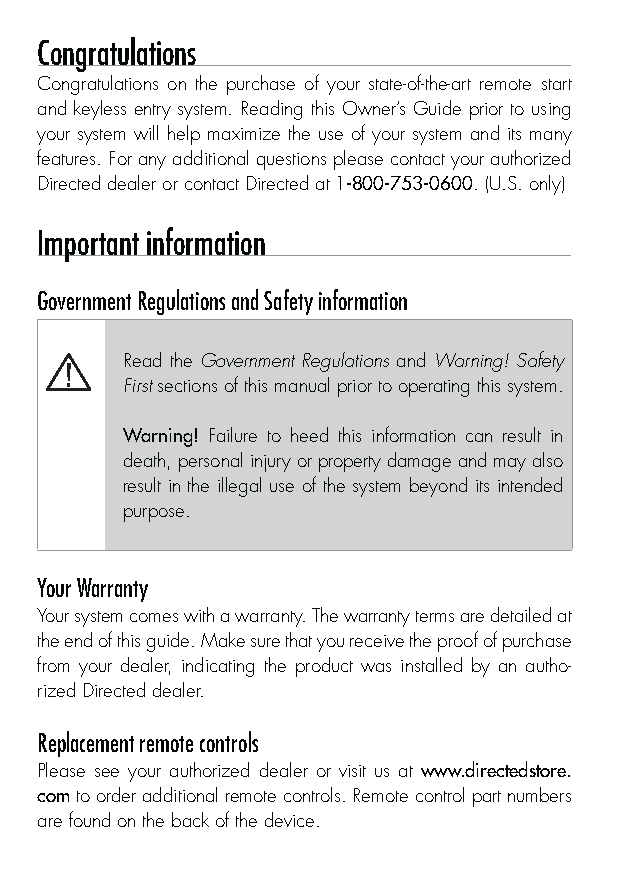
Congratulations
 Congratulations on the purchase of your state-of-the-art remote start
 and keyless entry system. Reading this Owner’s Guide prior to using
 your system will help maximize the use of your system and its many
 features. For any additional questions please contact your authorized
 Directed dealer or contact Directed at 1-800-753-0600. (U.S. only)
 Important information
 Government Regulations and Safety information
 Read the Government Regulations and Warning! Safety
 First sections of this manual prior to operating this system.
 Warning! Failure to heed this information can result in
 death, personal injury or property damage and may also
 result in the illegal use of the system beyond its intended
 purpose.
 Your Warranty
 Your system comes with a warranty. The warranty terms are detailed at
 the end of this guide. Make sure that you receive the proof of purchase
 from your dealer, indicating the product was installed by an autho-
 rized Directed dealer.
 Replacement remote controls
 Please see your authorized dealer or visit us at www.directedstore.
 com to order additional remote controls. Remote control part numbers
 are found on the back of the device.